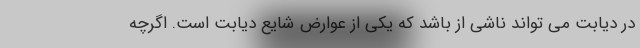
در دیابت می تواند ناشی از باشد که یکی از عوارض شایع دیابت است. اگرچه